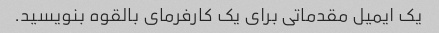
یک ایمیل مقدماتی برای یک کارفرمای بالقوه بنویسید.